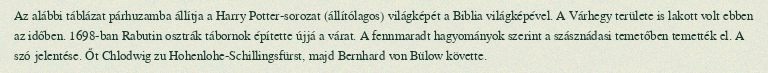
Az alábbi táblázat párhuzamba állítja a Harry Potter-sorozat (állítólagos) világképét a Biblia világképével. A Várhegy területe is lakott volt ebben az időben. 1698-ban Rabutin osztrák tábornok építette újjá a várat. A fennmaradt hagyományok szerint a szásznádasi temetőben temették el. A szó jelentése. Őt Chlodwig zu Hohenlohe-Schillingsfürst, majd Bernhard von Bülow követte.